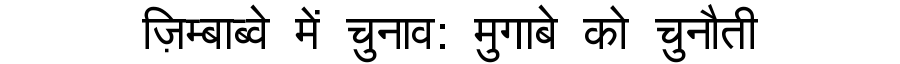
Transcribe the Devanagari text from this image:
ज़िम्बाब्वे में चुनाव: मुगाबे को चुनौती